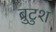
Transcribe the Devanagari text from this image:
ब्रुटुश